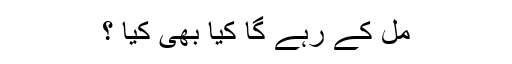
مل کے رہے گا کیا بھی کیا ؟